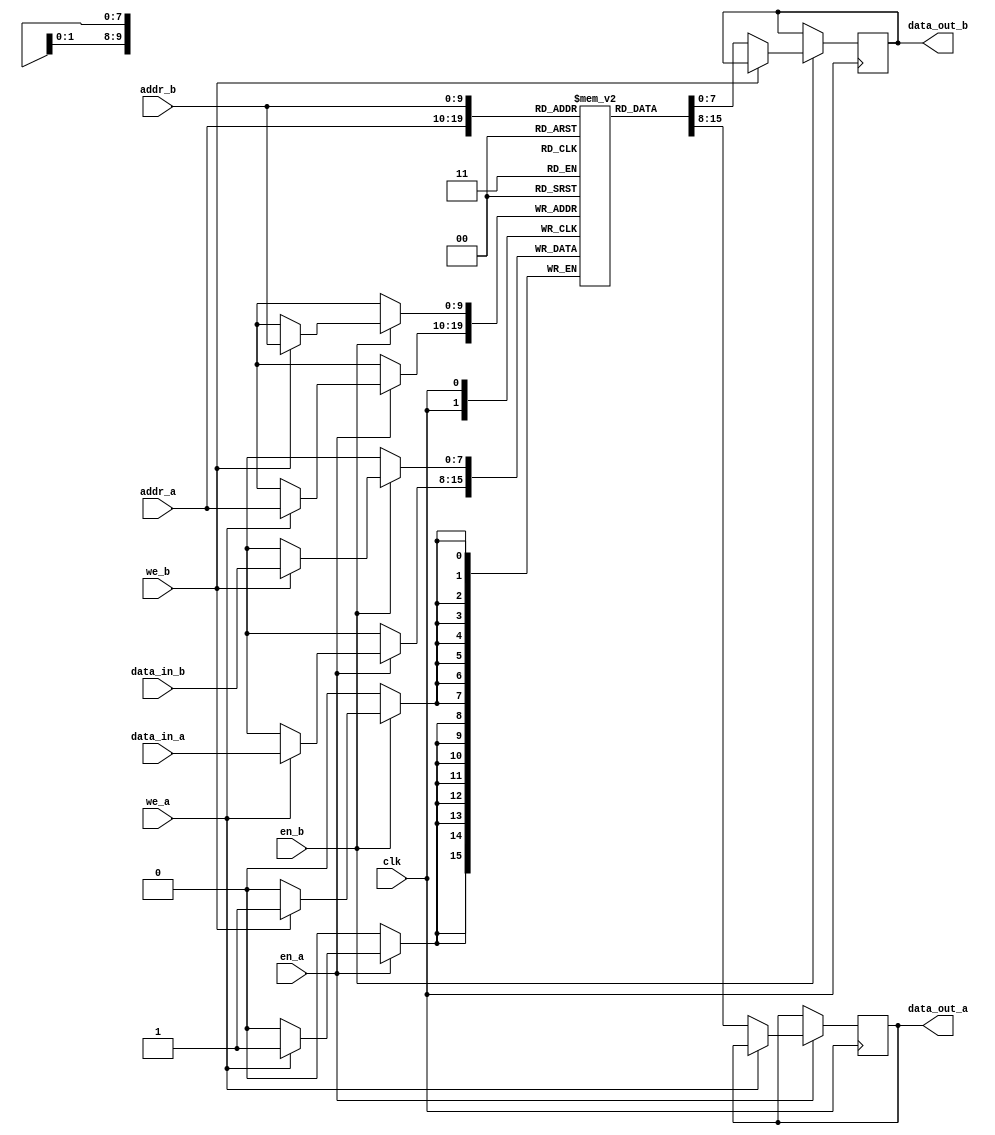
module dual_port_sram #(
    parameter DATA_WIDTH = 8,     // Width of the data bus
    parameter ADDR_WIDTH = 10,     // Width of the address bus
    parameter MEM_SIZE = 1 << ADDR_WIDTH // Memory size
)(
    input wire clk,                // Global clock
    input wire en_a,               // Port A enable
    input wire en_b,               // Port B enable
    input wire we_a,               // Write enable for Port A
    input wire we_b,               // Write enable for Port B
    input wire [ADDR_WIDTH-1:0] addr_a, // Address for Port A
    input wire [ADDR_WIDTH-1:0] addr_b, // Address for Port B
    input wire [DATA_WIDTH-1:0] data_in_a, // Data input for Port A
    input wire [DATA_WIDTH-1:0] data_in_b, // Data input for Port B
    output reg [DATA_WIDTH-1:0] data_out_a, // Data output for Port A
    output reg [DATA_WIDTH-1:0] data_out_b  // Data output for Port B
);

    // Memory array: 2D array (MEM_SIZE x DATA_WIDTH)
    reg [DATA_WIDTH-1:0] mem [0:MEM_SIZE-1];

    // Port A operations
    always @(posedge clk) begin
        if (en_a) begin
            if (we_a) begin
                mem[addr_a] <= data_in_a; // Write operation
            end else begin
                data_out_a <= mem[addr_a]; // Read operation
            end
        end
    end

    // Port B operations
    always @(posedge clk) begin
        if (en_b) begin
            if (we_b) begin
                mem[addr_b] <= data_in_b; // Write operation
            end else begin
                data_out_b <= mem[addr_b]; // Read operation
            end
        end
    end

endmodule